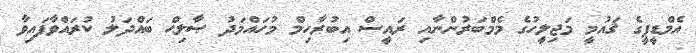
އެމްޑީޕީގެ ޤައުމީ މަޖިލީހުގެ މެމްބަރުންނާއި ރައީސް އިބުރާހިމް މުހައްމަދު ޞާލިޙް ބައްދަލު ކުރައްވާފައިވާ